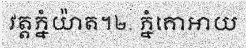
វត្តភ្នំយ៉ាត។២. ភ្នំគោអាយ